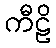
ကီဠိ